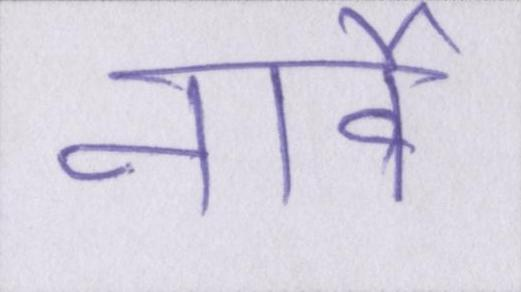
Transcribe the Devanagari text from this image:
नार्वे